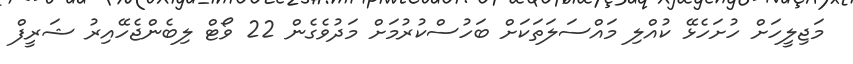
މަޖިލީހަށް ހުށަހެޅޭ ކުއްލި މައްސަލަތަކަށް ބަހުސްކުރުމަށް މަދުވެގެން 22 ވޯޓް ލިބެންޖެހޭއިރު ޝަރީފް